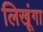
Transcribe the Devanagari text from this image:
लिखूंगा